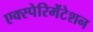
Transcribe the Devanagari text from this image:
एक्स्पेरिमेंटेशन